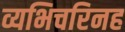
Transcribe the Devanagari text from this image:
व्यभिचरिनह